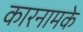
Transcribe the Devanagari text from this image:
कारनामके